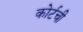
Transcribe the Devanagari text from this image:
कोर्टची